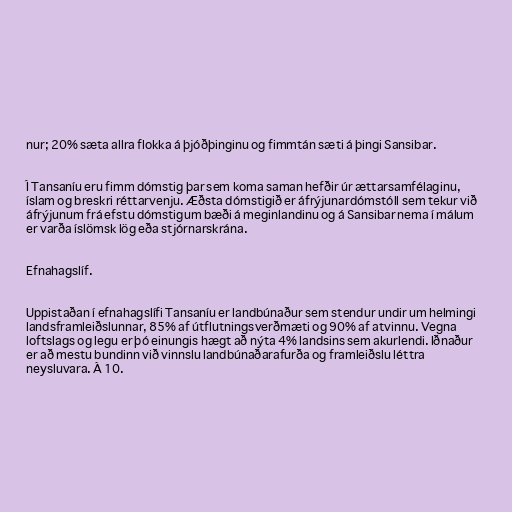
nur; 20% sæta allra flokka á þjóðþinginu og fimmtán sæti á þingi Sansibar.

Í Tansaníu eru fimm dómstig þar sem koma saman hefðir úr ættarsamfélaginu,
íslam og breskri réttarvenju. Æðsta dómstigið er áfrýjunardómstóll sem tekur við
áfrýjunum frá efstu dómstigum bæði á meginlandinu og á Sansibar nema í málum
er varða íslömsk lög eða stjórnarskrána.

Efnahagslíf.

Uppistaðan í efnahagslífi Tansaníu er landbúnaður sem stendur undir um helmingi
landsframleiðslunnar, 85% af útflutningsverðmæti og 90% af atvinnu. Vegna
loftslags og legu er þó einungis hægt að nýta 4% landsins sem akurlendi. Iðnaður
er að mestu bundinn við vinnslu landbúnaðarafurða og framleiðslu léttra
neysluvara. Á 10.